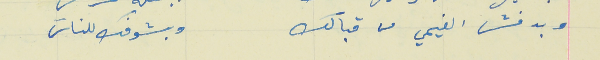
وبدفش الغيمي من قبالك                                       وبشوفك للناسَ